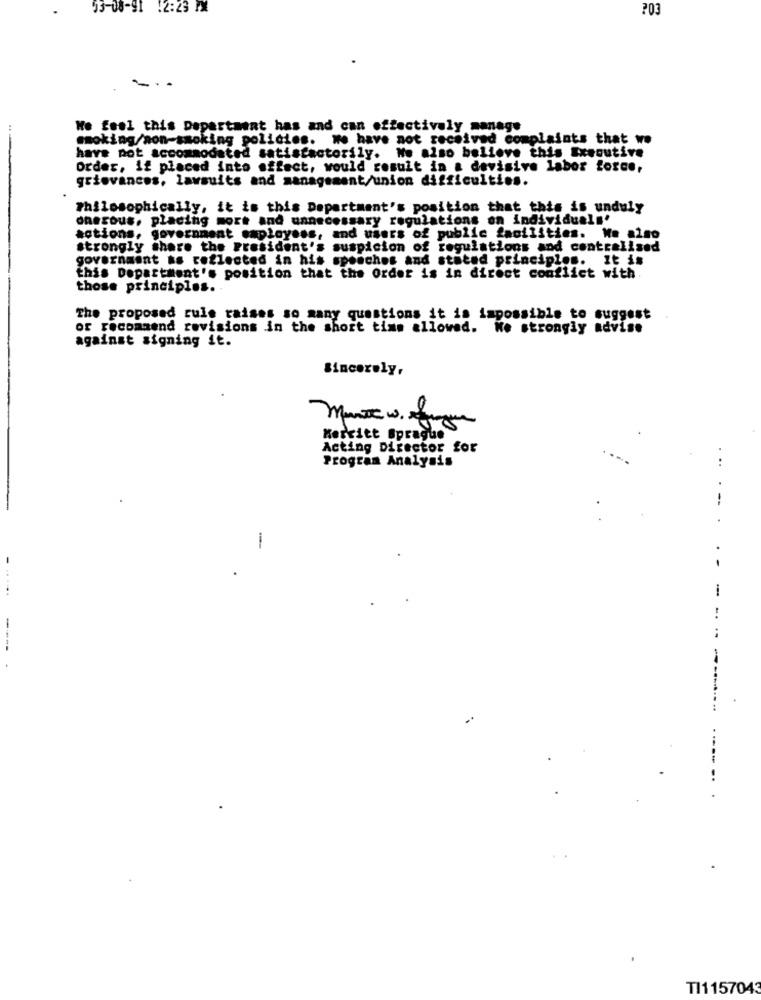
53-08-91 12:23 PX
?03
---
We feel this Department has and can effectively manage
smoking/non-smoking policies. We have not received complaints that wo
have not accommodated satisfactorily. No also believe this Executive
Order, if placed into effect, would result in a devisive labor force,
grievances, lawsuits and management/union difficulties.
Philosophically, it is this Department's position that this is unduly
onerous, placing mort and unnecessary regulations on individuals'
actions, government employees, and users of public facilities. We also
strongly share the President's suspicion of regulations and centralised
government is reflected in his spooches and stoted principles. It is
this Department's position that the Order is in direct conflict with.
those principles ..
The proposed rule raises so many questions it is impossible to suggest
or recommend revisions in the short time allowed. We strongly advise
against signing it.
Sincerely,
Merritt Sprague
Acting Director for
Program Analysis
...
---
-
-
-- -
TI1157043